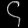
Digit: ၄